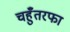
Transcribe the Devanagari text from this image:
चहुँतरफा